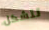
تتشكل